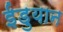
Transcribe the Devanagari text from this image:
ईडुयान